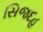
સિજદહ